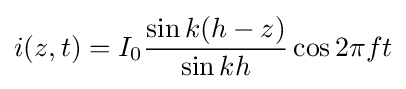
i(z,t)=I_{0}{\sin {k(h-z)} \over \sin {kh}}\cos 2\pi ft